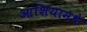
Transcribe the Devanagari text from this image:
आशियामधे